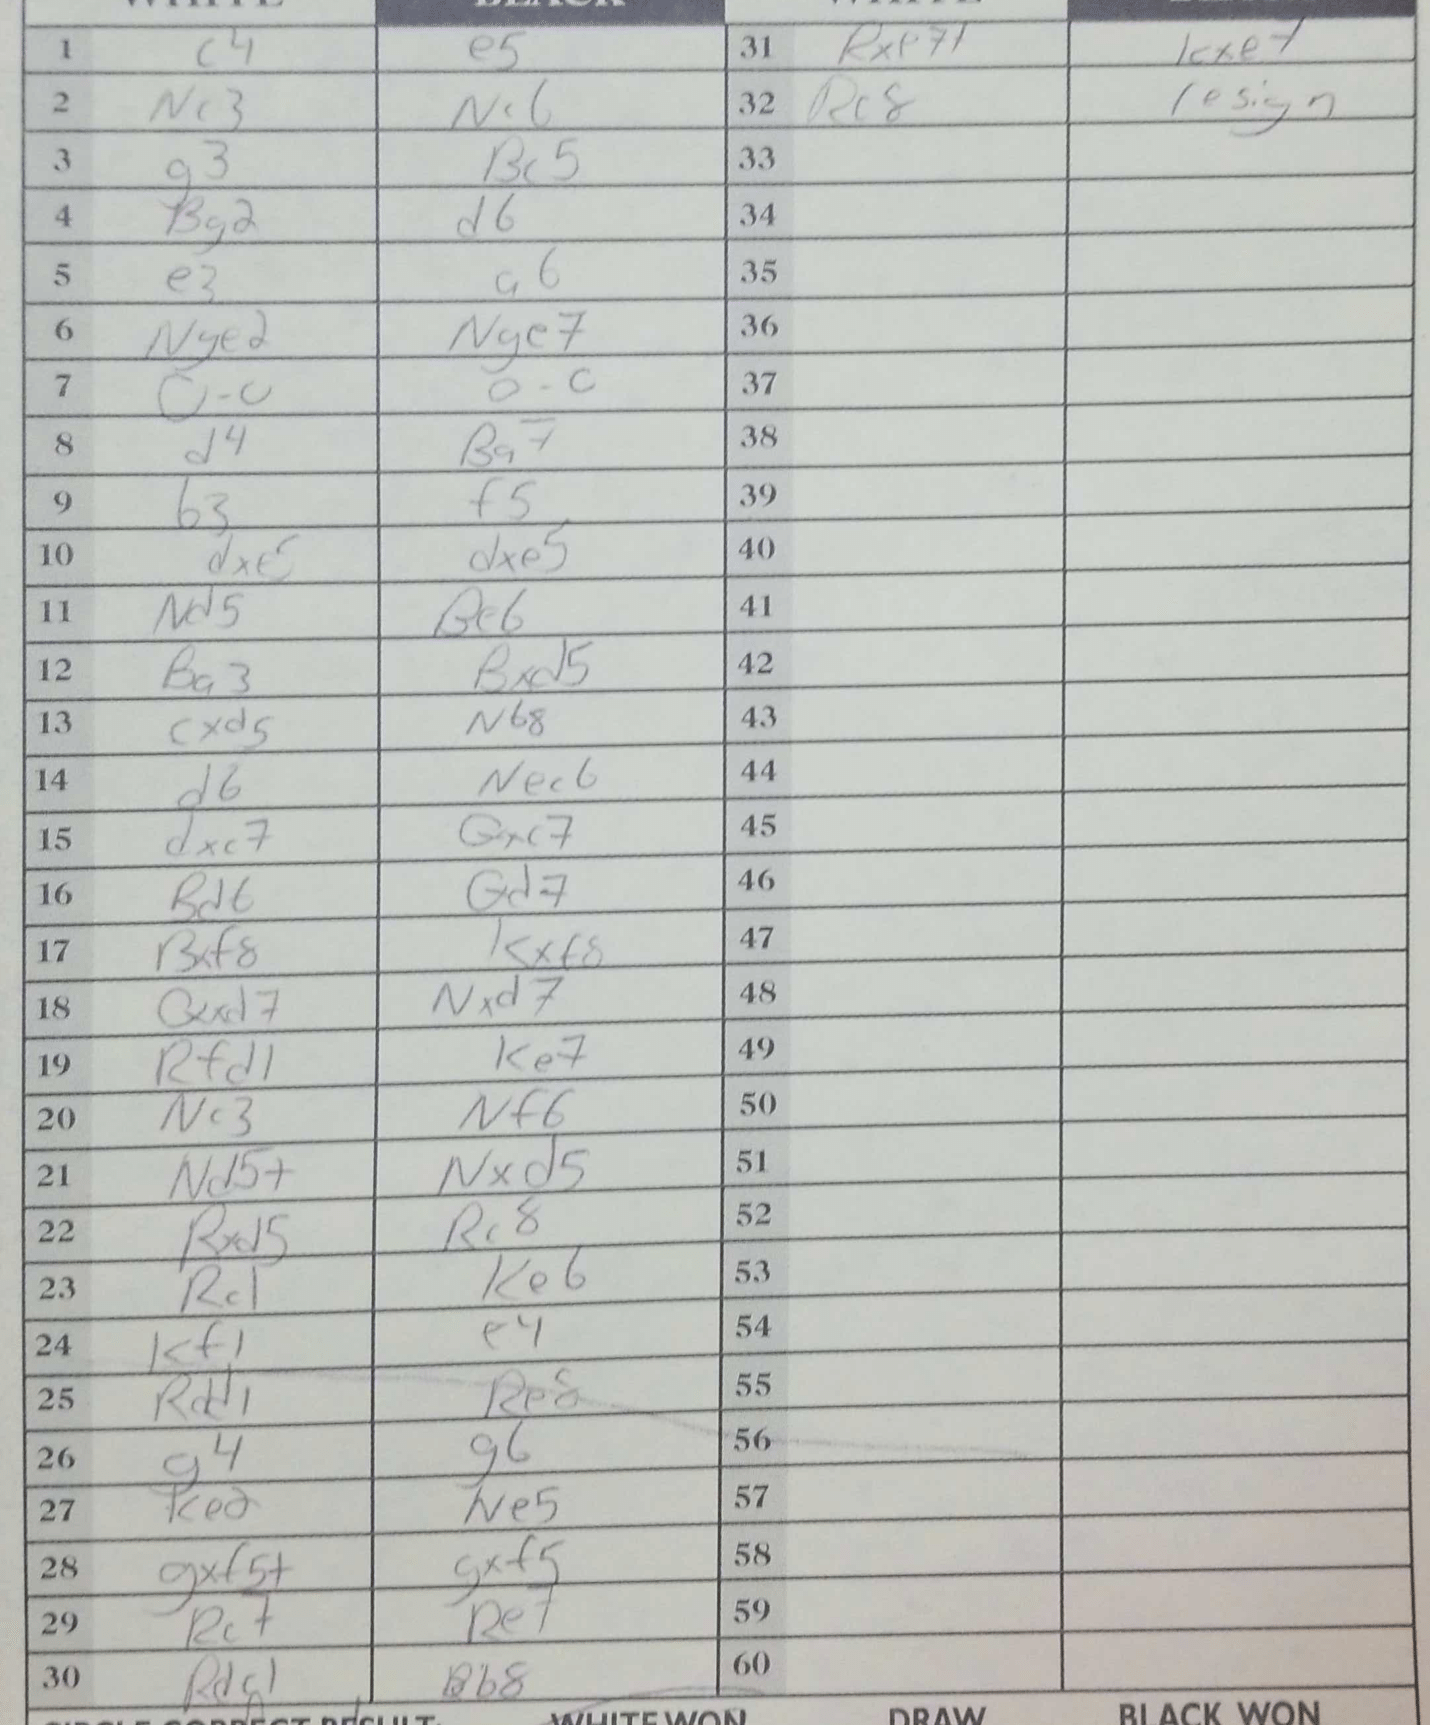
Moves: c4 e5 Nc3 Nc6 g3 Bc5 Bg2 d6 e3 a6 Nge2 Nge7 O-O O-O d4 Bg7 b3 f5 dxe5 dxe5 Nd5 Be6 Ba3 Bxd5 cxd5 Nb8 d6 Nec6 dxc7 Qxc7 Bd6 Qd7 Bxf8 Kxf8 Qxd7 Nxd7 Rfd1 Ke7 Nc3 Nf6 Nd5+ Nxd5 Rxd5 Rc8 Rc1 Ke6 Kf1 e4 Rdd1 Re8 g4 g6 Ke2 Ne5 gxf5+ gxf5 Re7 Re7 Rdg1 Bb8 Rxe7+ Kxe7 Rc8